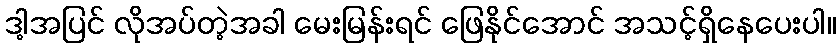
ဒါ့အပြင် လိုအပ်တဲ့အခါ မေးမြန်းရင် ဖြေနိုင်အောင် အသင့်ရှိနေပေးပါ။